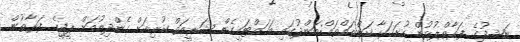
ނަޝީދުގެ ފަރާތްޕުޅުން ހުށަހަޅާ ކަންތައްތައް:ބަންދުގައި ބަހައްޓައިގެން ޝަރީއަތް ކުރިއަށް ގެންދިއުމަށް ޕީޖީގެ ފަރާތުން